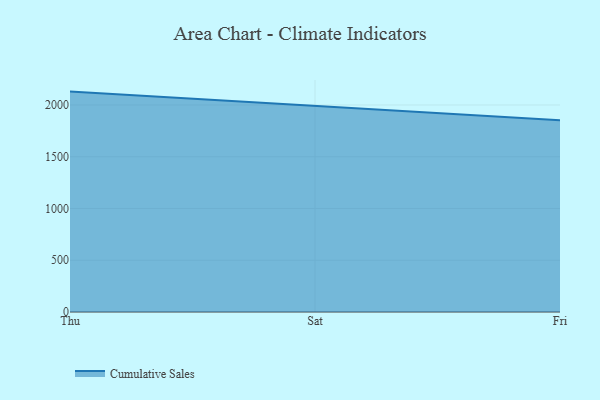
{"axis": {"x": "Day", "y": "Headcount"}, "legend": ["Cumulative Sales"], "data": [{"x": "Thu", "y": 2129.3, "type": "Cumulative Sales"}, {"x": "Sat", "y": 1989.7, "type": "Cumulative Sales"}, {"x": "Fri", "y": 1851.7, "type": "Cumulative Sales"}]}